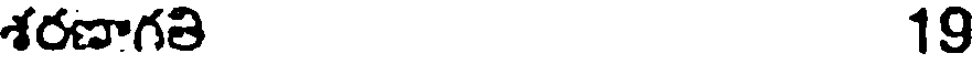
శరణాగతి 19